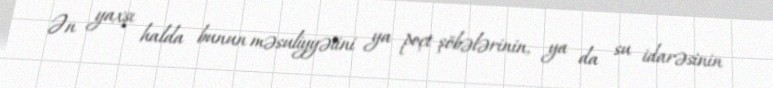
Ən yaxşı halda bunun məsuliyyətini ya poçt şöbələrinin, ya da su idarəsinin